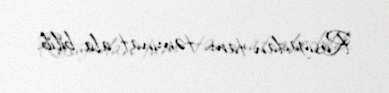
Rusiyadan tam təminat ala bilib.